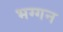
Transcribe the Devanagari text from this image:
भग्गन